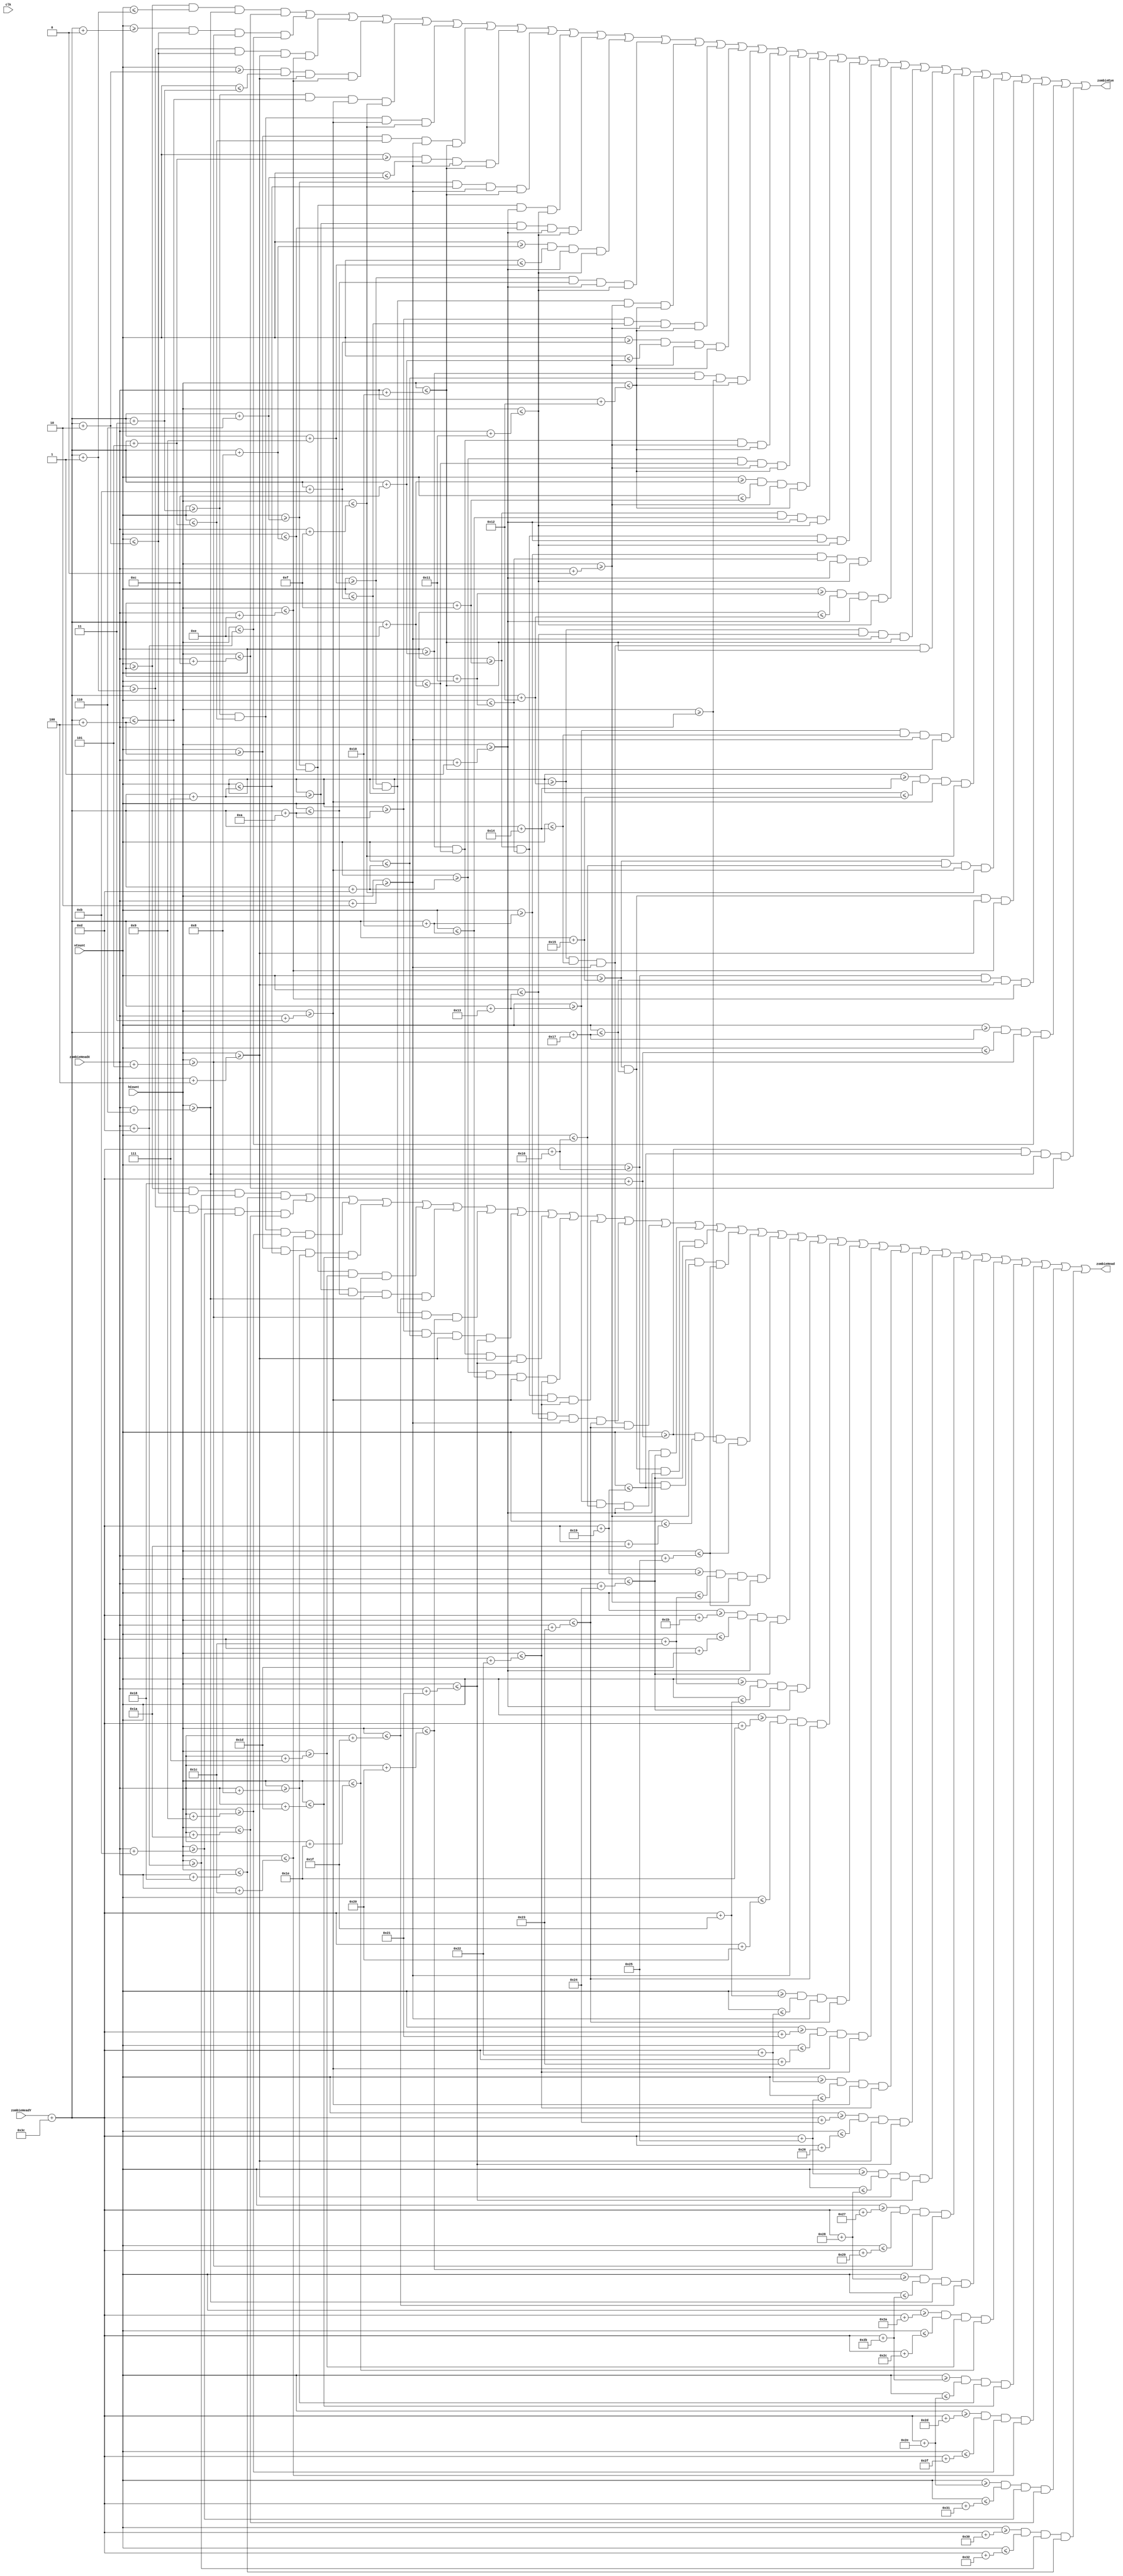
module zombie_face(
    input clk,
    input[9:0] zombieHeadX,
    input [9:0] zombieHeadY,
    input [9:0] hCount,
    input [9:0] vCount,
    output zombieHead,
    output zombieEye
);

parameter ZOMBIE_HEAD_SCALE = 10'd2;
parameter ZOMBIE_EYE_SCALE = 10'd4;

assign zombieHead = (((vCount >= (zombieHeadY + 10'd60)) && (vCount <= (zombieHeadY + 10'd60 + (10'd5 / ZOMBIE_HEAD_SCALE))) && (hCount >= (zombieHeadX + (10'd27 / ZOMBIE_HEAD_SCALE))) && (hCount <= (zombieHeadX + (10'd48 / ZOMBIE_HEAD_SCALE))))
                           ||((vCount >= (zombieHeadY + 10'd60 + (10'd3 / ZOMBIE_HEAD_SCALE))) && (vCount <= (zombieHeadY + 10'd60 + (10'd8 / ZOMBIE_HEAD_SCALE))) && (hCount >= (zombieHeadX + (10'd23 / ZOMBIE_HEAD_SCALE))) && (hCount <= (zombieHeadX + (10'd52 / ZOMBIE_HEAD_SCALE))))
                           
                           ||((vCount >= (zombieHeadY + 10'd60 + (10'd6 / ZOMBIE_HEAD_SCALE))) && (vCount <= (zombieHeadY + 10'd60 + (10'd11 / ZOMBIE_HEAD_SCALE))) && (hCount >= (zombieHeadX + (10'd19 / ZOMBIE_HEAD_SCALE))) && (hCount <= (zombieHeadX + (10'd56 / ZOMBIE_HEAD_SCALE))))
                           ||((vCount >= (zombieHeadY + 10'd60 + (10'd9 / ZOMBIE_HEAD_SCALE))) && (vCount <= (zombieHeadY + 10'd60 + (10'd14 / ZOMBIE_HEAD_SCALE))) && (hCount >= (zombieHeadX + (10'd17 / ZOMBIE_HEAD_SCALE))) && (hCount <= (zombieHeadX + (10'd58 / ZOMBIE_HEAD_SCALE))))
                           ||((vCount >= (zombieHeadY + 10'd60 + (10'd12 / ZOMBIE_HEAD_SCALE))) && (vCount <= (zombieHeadY + 10'd60 + (10'd17 / ZOMBIE_HEAD_SCALE))) && (hCount >= (zombieHeadX + (10'd15 / ZOMBIE_HEAD_SCALE))) && (hCount <= (zombieHeadX + (10'd60 / ZOMBIE_HEAD_SCALE))))
                           ||((vCount >= (zombieHeadY + 10'd60 + (10'd15 / ZOMBIE_HEAD_SCALE))) && (vCount <= (zombieHeadY + 10'd60 + (10'd20 / ZOMBIE_HEAD_SCALE))) && (hCount >= (zombieHeadX + (10'd13 / ZOMBIE_HEAD_SCALE))) && (hCount <= (zombieHeadX + (10'd62 / ZOMBIE_HEAD_SCALE))))
                           ||((vCount >= (zombieHeadY + 10'd60 + (10'd18 / ZOMBIE_HEAD_SCALE))) && (vCount <= (zombieHeadY + 10'd60 + (10'd23 / ZOMBIE_HEAD_SCALE))) && (hCount >= (zombieHeadX + (10'd11 / ZOMBIE_HEAD_SCALE))) && (hCount <= (zombieHeadX + (10'd64 / ZOMBIE_HEAD_SCALE))))
                           ||((vCount >= (zombieHeadY + 10'd60 + (10'd21 / ZOMBIE_HEAD_SCALE))) && (vCount <= (zombieHeadY + 10'd60 + (10'd26 / ZOMBIE_HEAD_SCALE))) && (hCount >= (zombieHeadX + (10'd9 / ZOMBIE_HEAD_SCALE))) && (hCount <= (zombieHeadX + (10'd66 / ZOMBIE_HEAD_SCALE))))
        
                           ||((vCount >= (zombieHeadY + 10'd60 + (10'd24 / ZOMBIE_HEAD_SCALE))) && (vCount <= (zombieHeadY + 10'd60 + (10'd29 / ZOMBIE_HEAD_SCALE))) && (hCount >= (zombieHeadX + (10'd8 / ZOMBIE_HEAD_SCALE))) && (hCount <= (zombieHeadX + (10'd67 / ZOMBIE_HEAD_SCALE))))
                           ||((vCount >= (zombieHeadY + 10'd60 + (10'd27 / ZOMBIE_HEAD_SCALE))) && (vCount <= (zombieHeadY + 10'd60 + (10'd32 / ZOMBIE_HEAD_SCALE))) && (hCount >= (zombieHeadX + (10'd7 / ZOMBIE_HEAD_SCALE))) && (hCount <= (zombieHeadX + (10'd68 / ZOMBIE_HEAD_SCALE))))
                           ||((vCount >= (zombieHeadY + 10'd60 + (10'd30 / ZOMBIE_HEAD_SCALE))) && (vCount <= (zombieHeadY + 10'd60 + (10'd35 / ZOMBIE_HEAD_SCALE))) && (hCount >= (zombieHeadX + (10'd6 / ZOMBIE_HEAD_SCALE))) && (hCount <= (zombieHeadX + (10'd69 / ZOMBIE_HEAD_SCALE))))
                           ||((vCount >= (zombieHeadY + 10'd60 + (10'd33 / ZOMBIE_HEAD_SCALE))) && (vCount <= (zombieHeadY + 10'd60 + (10'd38 / ZOMBIE_HEAD_SCALE))) && (hCount >= (zombieHeadX + (10'd5 / ZOMBIE_HEAD_SCALE))) && (hCount <= (zombieHeadX + (10'd70 / ZOMBIE_HEAD_SCALE))))
                           ||((vCount >= (zombieHeadY + 10'd60 + (10'd36 / ZOMBIE_HEAD_SCALE))) && (vCount <= (zombieHeadY + 10'd60 + (10'd41 / ZOMBIE_HEAD_SCALE))) && (hCount >= (zombieHeadX + (10'd4 / ZOMBIE_HEAD_SCALE))) && (hCount <= (zombieHeadX + (10'd71 / ZOMBIE_HEAD_SCALE))))
                           ||((vCount >= (zombieHeadY + 10'd60 + (10'd39 / ZOMBIE_HEAD_SCALE))) && (vCount <= (zombieHeadY + 10'd60 + (10'd44 / ZOMBIE_HEAD_SCALE))) && (hCount >= (zombieHeadX + (10'd3 / ZOMBIE_HEAD_SCALE))) && (hCount <= (zombieHeadX + (10'd72 / ZOMBIE_HEAD_SCALE))))
                           ||((vCount >= (zombieHeadY + 10'd60 + (10'd42 / ZOMBIE_HEAD_SCALE))) && (vCount <= (zombieHeadY + 10'd60 + (10'd47 / ZOMBIE_HEAD_SCALE))) && (hCount >= (zombieHeadX + (10'd2 / ZOMBIE_HEAD_SCALE))) && (hCount <= (zombieHeadX + (10'd73 / ZOMBIE_HEAD_SCALE))))
                           ||((vCount >= (zombieHeadY + 10'd60 + (10'd45 / ZOMBIE_HEAD_SCALE))) && (vCount <= (zombieHeadY + 10'd60 + (10'd50 / ZOMBIE_HEAD_SCALE))) && (hCount >= (zombieHeadX + (10'd1 / ZOMBIE_HEAD_SCALE))) && (hCount <= (zombieHeadX + (10'd74 / ZOMBIE_HEAD_SCALE))))
                           ||((vCount >= (zombieHeadY + 10'd60 + (10'd48 / ZOMBIE_HEAD_SCALE))) && (vCount <= (zombieHeadY + 10'd60 + (10'd53 / ZOMBIE_HEAD_SCALE))) && (hCount >= (zombieHeadX)) && (hCount <= (zombieHeadX + (10'd75 / ZOMBIE_HEAD_SCALE))))
                           
                                     
                           ||((vCount >= (zombieHeadY + 10'd60 + (10'd51 / ZOMBIE_HEAD_SCALE))) && (vCount <= (zombieHeadY + 10'd60 + (10'd56 / ZOMBIE_HEAD_SCALE))) && (hCount >= (zombieHeadX + (10'd1 / ZOMBIE_HEAD_SCALE))) && (hCount <= (zombieHeadX + (10'd74 / ZOMBIE_HEAD_SCALE))))
                           ||((vCount >= (zombieHeadY + 10'd60 + (10'd54 / ZOMBIE_HEAD_SCALE))) && (vCount <= (zombieHeadY + 10'd60 + (10'd59 / ZOMBIE_HEAD_SCALE))) && (hCount >= (zombieHeadX + (10'd2 / ZOMBIE_HEAD_SCALE))) && (hCount <= (zombieHeadX + (10'd73 / ZOMBIE_HEAD_SCALE))))
                           ||((vCount >= (zombieHeadY + 10'd60 + (10'd57 / ZOMBIE_HEAD_SCALE))) && (vCount <= (zombieHeadY + 10'd60 + (10'd62 / ZOMBIE_HEAD_SCALE))) && (hCount >= (zombieHeadX + (10'd3 / ZOMBIE_HEAD_SCALE))) && (hCount <= (zombieHeadX + (10'd72 / ZOMBIE_HEAD_SCALE))))
                           ||((vCount >= (zombieHeadY + 10'd60 + (10'd60 / ZOMBIE_HEAD_SCALE))) && (vCount <= (zombieHeadY + 10'd60 + (10'd65 / ZOMBIE_HEAD_SCALE))) && (hCount >= (zombieHeadX + (10'd4 / ZOMBIE_HEAD_SCALE))) && (hCount <= (zombieHeadX + (10'd71 / ZOMBIE_HEAD_SCALE))))
                           ||((vCount >= (zombieHeadY + 10'd60 + (10'd63 / ZOMBIE_HEAD_SCALE))) && (vCount <= (zombieHeadY + 10'd60 + (10'd68 / ZOMBIE_HEAD_SCALE))) && (hCount >= (zombieHeadX + (10'd5 / ZOMBIE_HEAD_SCALE))) && (hCount <= (zombieHeadX + (10'd70 / ZOMBIE_HEAD_SCALE))))
                           ||((vCount >= (zombieHeadY + 10'd60 + (10'd66 / ZOMBIE_HEAD_SCALE))) && (vCount <= (zombieHeadY + 10'd60 + (10'd71 / ZOMBIE_HEAD_SCALE))) && (hCount >= (zombieHeadX + (10'd6 / ZOMBIE_HEAD_SCALE))) && (hCount <= (zombieHeadX + (10'd69 / ZOMBIE_HEAD_SCALE))))
                           ||((vCount >= (zombieHeadY + 10'd60 + (10'd69 / ZOMBIE_HEAD_SCALE))) && (vCount <= (zombieHeadY + 10'd60 + (10'd74 / ZOMBIE_HEAD_SCALE))) && (hCount >= (zombieHeadX + (10'd7 / ZOMBIE_HEAD_SCALE))) && (hCount <= (zombieHeadX + (10'd68 / ZOMBIE_HEAD_SCALE))))
                           ||((vCount >= (zombieHeadY + 10'd60 + (10'd72 / ZOMBIE_HEAD_SCALE))) && (vCount <= (zombieHeadY + 10'd60 + (10'd77 / ZOMBIE_HEAD_SCALE))) && (hCount >= (zombieHeadX + (10'd8 / ZOMBIE_HEAD_SCALE))) && (hCount <= (zombieHeadX + (10'd67 / ZOMBIE_HEAD_SCALE))))
                           
                           ||((vCount >= (zombieHeadY + 10'd60 + (10'd75 / ZOMBIE_HEAD_SCALE))) && (vCount <= (zombieHeadY + 10'd60 + (10'd80 / ZOMBIE_HEAD_SCALE))) && (hCount >= (zombieHeadX + (10'd9 / ZOMBIE_HEAD_SCALE))) && (hCount <= (zombieHeadX + (10'd66 / ZOMBIE_HEAD_SCALE))))
                           ||((vCount >= (zombieHeadY + 10'd60 + (10'd78 / ZOMBIE_HEAD_SCALE))) && (vCount <= (zombieHeadY + 10'd60 + (10'd83 / ZOMBIE_HEAD_SCALE))) && (hCount >= (zombieHeadX + (10'd11 / ZOMBIE_HEAD_SCALE))) && (hCount <= (zombieHeadX + (10'd64 / ZOMBIE_HEAD_SCALE))))
                           ||((vCount >= (zombieHeadY + 10'd60 + (10'd81 / ZOMBIE_HEAD_SCALE))) && (vCount <= (zombieHeadY + 10'd60 + (10'd86 / ZOMBIE_HEAD_SCALE))) && (hCount >= (zombieHeadX + (10'd13 / ZOMBIE_HEAD_SCALE))) && (hCount <= (zombieHeadX + (10'd62 / ZOMBIE_HEAD_SCALE))))
                           ||((vCount >= (zombieHeadY + 10'd60 + (10'd84 / ZOMBIE_HEAD_SCALE))) && (vCount <= (zombieHeadY + 10'd60 + (10'd89 / ZOMBIE_HEAD_SCALE))) && (hCount >= (zombieHeadX + (10'd15 / ZOMBIE_HEAD_SCALE))) && (hCount <= (zombieHeadX + (10'd60 / ZOMBIE_HEAD_SCALE))))
                           ||((vCount >= (zombieHeadY + 10'd60 + (10'd87 / ZOMBIE_HEAD_SCALE))) && (vCount <= (zombieHeadY + 10'd60 + (10'd92 / ZOMBIE_HEAD_SCALE))) && (hCount >= (zombieHeadX + (10'd17 / ZOMBIE_HEAD_SCALE))) && (hCount <= (zombieHeadX + (10'd58 / ZOMBIE_HEAD_SCALE))))
                           ||((vCount >= (zombieHeadY + 10'd60 + (10'd90 / ZOMBIE_HEAD_SCALE))) && (vCount <= (zombieHeadY + 10'd60 + (10'd95 / ZOMBIE_HEAD_SCALE))) && (hCount >= (zombieHeadX + (10'd19 / ZOMBIE_HEAD_SCALE))) && (hCount <= (zombieHeadX + (10'd56 / ZOMBIE_HEAD_SCALE))))
                           
                           ||((vCount >= (zombieHeadY + 10'd60 + (10'd93 / ZOMBIE_HEAD_SCALE))) && (vCount <= (zombieHeadY + 10'd60 + (10'd98 / ZOMBIE_HEAD_SCALE))) && (hCount >= (zombieHeadX + (10'd23 / ZOMBIE_HEAD_SCALE))) && (hCount <= (zombieHeadX + (10'd52 / ZOMBIE_HEAD_SCALE))))
                           ||((vCount >= (zombieHeadY + 10'd60 + (10'd96 / ZOMBIE_HEAD_SCALE))) && (vCount <= (zombieHeadY + 10'd60 + (10'd101 / ZOMBIE_HEAD_SCALE))) && (hCount >= (zombieHeadX + (10'd27 / ZOMBIE_HEAD_SCALE))) && (hCount <= (zombieHeadX + (10'd48 / ZOMBIE_HEAD_SCALE))))
);

assign zombieEye = (((vCount >= (zombieHeadY + 10'd60)) && (vCount <= (zombieHeadY + 10'd60 + (10'd5 / ZOMBIE_EYE_SCALE))) && (hCount >= (zombieHeadX + (10'd27 / ZOMBIE_EYE_SCALE))) && (hCount <= (zombieHeadX + (10'd48 / ZOMBIE_EYE_SCALE))))
                           ||((vCount >= (zombieHeadY + 10'd60 + (10'd3 / ZOMBIE_EYE_SCALE))) && (vCount <= (zombieHeadY + 10'd60 + (10'd8 / ZOMBIE_EYE_SCALE))) && (hCount >= (zombieHeadX + (10'd23 / ZOMBIE_EYE_SCALE))) && (hCount <= (zombieHeadX + (10'd52 / ZOMBIE_EYE_SCALE))))
                           
                           ||((vCount >= (zombieHeadY + 10'd60 + (10'd6 / ZOMBIE_EYE_SCALE))) && (vCount <= (zombieHeadY + 10'd60 + (10'd11 / ZOMBIE_EYE_SCALE))) && (hCount >= (zombieHeadX + (10'd19 / ZOMBIE_EYE_SCALE))) && (hCount <= (zombieHeadX + (10'd56 / ZOMBIE_EYE_SCALE))))
                           ||((vCount >= (zombieHeadY + 10'd60 + (10'd9 / ZOMBIE_EYE_SCALE))) && (vCount <= (zombieHeadY + 10'd60 + (10'd14 / ZOMBIE_EYE_SCALE))) && (hCount >= (zombieHeadX + (10'd17 / ZOMBIE_EYE_SCALE))) && (hCount <= (zombieHeadX + (10'd58 / ZOMBIE_EYE_SCALE))))
                           ||((vCount >= (zombieHeadY + 10'd60 + (10'd12 / ZOMBIE_EYE_SCALE))) && (vCount <= (zombieHeadY + 10'd60 + (10'd17 / ZOMBIE_EYE_SCALE))) && (hCount >= (zombieHeadX + (10'd15 / ZOMBIE_EYE_SCALE))) && (hCount <= (zombieHeadX + (10'd60 / ZOMBIE_EYE_SCALE))))
                           ||((vCount >= (zombieHeadY + 10'd60 + (10'd15 / ZOMBIE_EYE_SCALE))) && (vCount <= (zombieHeadY + 10'd60 + (10'd20 / ZOMBIE_EYE_SCALE))) && (hCount >= (zombieHeadX + (10'd13 / ZOMBIE_EYE_SCALE))) && (hCount <= (zombieHeadX + (10'd62 / ZOMBIE_EYE_SCALE))))
                           ||((vCount >= (zombieHeadY + 10'd60 + (10'd18 / ZOMBIE_EYE_SCALE))) && (vCount <= (zombieHeadY + 10'd60 + (10'd23 / ZOMBIE_EYE_SCALE))) && (hCount >= (zombieHeadX + (10'd11 / ZOMBIE_EYE_SCALE))) && (hCount <= (zombieHeadX + (10'd64 / ZOMBIE_EYE_SCALE))))
                           ||((vCount >= (zombieHeadY + 10'd60 + (10'd21 / ZOMBIE_EYE_SCALE))) && (vCount <= (zombieHeadY + 10'd60 + (10'd26 / ZOMBIE_EYE_SCALE))) && (hCount >= (zombieHeadX + (10'd9 / ZOMBIE_EYE_SCALE))) && (hCount <= (zombieHeadX + (10'd66 / ZOMBIE_EYE_SCALE))))
        
                           ||((vCount >= (zombieHeadY + 10'd60 + (10'd24 / ZOMBIE_EYE_SCALE))) && (vCount <= (zombieHeadY + 10'd60 + (10'd29 / ZOMBIE_EYE_SCALE))) && (hCount >= (zombieHeadX + (10'd8 / ZOMBIE_EYE_SCALE))) && (hCount <= (zombieHeadX + (10'd67 / ZOMBIE_EYE_SCALE))))
                           ||((vCount >= (zombieHeadY + 10'd60 + (10'd27 / ZOMBIE_EYE_SCALE))) && (vCount <= (zombieHeadY + 10'd60 + (10'd32 / ZOMBIE_EYE_SCALE))) && (hCount >= (zombieHeadX + (10'd7 / ZOMBIE_EYE_SCALE))) && (hCount <= (zombieHeadX + (10'd68 / ZOMBIE_EYE_SCALE))))
                           ||((vCount >= (zombieHeadY + 10'd60 + (10'd30 / ZOMBIE_EYE_SCALE))) && (vCount <= (zombieHeadY + 10'd60 + (10'd35 / ZOMBIE_EYE_SCALE))) && (hCount >= (zombieHeadX + (10'd6 / ZOMBIE_EYE_SCALE))) && (hCount <= (zombieHeadX + (10'd69 / ZOMBIE_EYE_SCALE))))
                           ||((vCount >= (zombieHeadY + 10'd60 + (10'd33 / ZOMBIE_EYE_SCALE))) && (vCount <= (zombieHeadY + 10'd60 + (10'd38 / ZOMBIE_EYE_SCALE))) && (hCount >= (zombieHeadX + (10'd5 / ZOMBIE_EYE_SCALE))) && (hCount <= (zombieHeadX + (10'd70 / ZOMBIE_EYE_SCALE))))
                           ||((vCount >= (zombieHeadY + 10'd60 + (10'd36 / ZOMBIE_EYE_SCALE))) && (vCount <= (zombieHeadY + 10'd60 + (10'd41 / ZOMBIE_EYE_SCALE))) && (hCount >= (zombieHeadX + (10'd4 / ZOMBIE_EYE_SCALE))) && (hCount <= (zombieHeadX + (10'd71 / ZOMBIE_EYE_SCALE))))
                           ||((vCount >= (zombieHeadY + 10'd60 + (10'd39 / ZOMBIE_EYE_SCALE))) && (vCount <= (zombieHeadY + 10'd60 + (10'd44 / ZOMBIE_EYE_SCALE))) && (hCount >= (zombieHeadX + (10'd3 / ZOMBIE_EYE_SCALE))) && (hCount <= (zombieHeadX + (10'd72 / ZOMBIE_EYE_SCALE))))
                           ||((vCount >= (zombieHeadY + 10'd60 + (10'd42 / ZOMBIE_EYE_SCALE))) && (vCount <= (zombieHeadY + 10'd60 + (10'd47 / ZOMBIE_EYE_SCALE))) && (hCount >= (zombieHeadX + (10'd2 / ZOMBIE_EYE_SCALE))) && (hCount <= (zombieHeadX + (10'd73 / ZOMBIE_EYE_SCALE))))
                           ||((vCount >= (zombieHeadY + 10'd60 + (10'd45 / ZOMBIE_EYE_SCALE))) && (vCount <= (zombieHeadY + 10'd60 + (10'd50 / ZOMBIE_EYE_SCALE))) && (hCount >= (zombieHeadX + (10'd1 / ZOMBIE_EYE_SCALE))) && (hCount <= (zombieHeadX + (10'd74 / ZOMBIE_EYE_SCALE))))
                           ||((vCount >= (zombieHeadY + 10'd60 + (10'd48 / ZOMBIE_EYE_SCALE))) && (vCount <= (zombieHeadY + 10'd60 + (10'd53 / ZOMBIE_EYE_SCALE))) && (hCount >= (zombieHeadX)) && (hCount <= (zombieHeadX + (10'd75 / ZOMBIE_EYE_SCALE))))
                           
                                     
                           ||((vCount >= (zombieHeadY + 10'd60 + (10'd51 / ZOMBIE_EYE_SCALE))) && (vCount <= (zombieHeadY + 10'd60 + (10'd56 / ZOMBIE_EYE_SCALE))) && (hCount >= (zombieHeadX + (10'd1 / ZOMBIE_EYE_SCALE))) && (hCount <= (zombieHeadX + (10'd74 / ZOMBIE_EYE_SCALE))))
                           ||((vCount >= (zombieHeadY + 10'd60 + (10'd54 / ZOMBIE_EYE_SCALE))) && (vCount <= (zombieHeadY + 10'd60 + (10'd59 / ZOMBIE_EYE_SCALE))) && (hCount >= (zombieHeadX + (10'd2 / ZOMBIE_EYE_SCALE))) && (hCount <= (zombieHeadX + (10'd73 / ZOMBIE_EYE_SCALE))))
                           ||((vCount >= (zombieHeadY + 10'd60 + (10'd57 / ZOMBIE_EYE_SCALE))) && (vCount <= (zombieHeadY + 10'd60 + (10'd62 / ZOMBIE_EYE_SCALE))) && (hCount >= (zombieHeadX + (10'd3 / ZOMBIE_EYE_SCALE))) && (hCount <= (zombieHeadX + (10'd72 / ZOMBIE_EYE_SCALE))))
                           ||((vCount >= (zombieHeadY + 10'd60 + (10'd60 / ZOMBIE_EYE_SCALE))) && (vCount <= (zombieHeadY + 10'd60 + (10'd65 / ZOMBIE_EYE_SCALE))) && (hCount >= (zombieHeadX + (10'd4 / ZOMBIE_EYE_SCALE))) && (hCount <= (zombieHeadX + (10'd71 / ZOMBIE_EYE_SCALE))))
                           ||((vCount >= (zombieHeadY + 10'd60 + (10'd63 / ZOMBIE_EYE_SCALE))) && (vCount <= (zombieHeadY + 10'd60 + (10'd68 / ZOMBIE_EYE_SCALE))) && (hCount >= (zombieHeadX + (10'd5 / ZOMBIE_EYE_SCALE))) && (hCount <= (zombieHeadX + (10'd70 / ZOMBIE_EYE_SCALE))))
                           ||((vCount >= (zombieHeadY + 10'd60 + (10'd66 / ZOMBIE_EYE_SCALE))) && (vCount <= (zombieHeadY + 10'd60 + (10'd71 / ZOMBIE_EYE_SCALE))) && (hCount >= (zombieHeadX + (10'd6 / ZOMBIE_EYE_SCALE))) && (hCount <= (zombieHeadX + (10'd69 / ZOMBIE_EYE_SCALE))))
                           ||((vCount >= (zombieHeadY + 10'd60 + (10'd69 / ZOMBIE_EYE_SCALE))) && (vCount <= (zombieHeadY + 10'd60 + (10'd74 / ZOMBIE_EYE_SCALE))) && (hCount >= (zombieHeadX + (10'd7 / ZOMBIE_EYE_SCALE))) && (hCount <= (zombieHeadX + (10'd68 / ZOMBIE_EYE_SCALE))))
                           ||((vCount >= (zombieHeadY + 10'd60 + (10'd72 / ZOMBIE_EYE_SCALE))) && (vCount <= (zombieHeadY + 10'd60 + (10'd77 / ZOMBIE_EYE_SCALE))) && (hCount >= (zombieHeadX + (10'd8 / ZOMBIE_EYE_SCALE))) && (hCount <= (zombieHeadX + (10'd67 / ZOMBIE_EYE_SCALE))))
                           
                           ||((vCount >= (zombieHeadY + 10'd60 + (10'd75 / ZOMBIE_EYE_SCALE))) && (vCount <= (zombieHeadY + 10'd60 + (10'd80 / ZOMBIE_EYE_SCALE))) && (hCount >= (zombieHeadX + (10'd9 / ZOMBIE_EYE_SCALE))) && (hCount <= (zombieHeadX + (10'd66 / ZOMBIE_EYE_SCALE))))
                           ||((vCount >= (zombieHeadY + 10'd60 + (10'd78 / ZOMBIE_EYE_SCALE))) && (vCount <= (zombieHeadY + 10'd60 + (10'd83 / ZOMBIE_EYE_SCALE))) && (hCount >= (zombieHeadX + (10'd11 / ZOMBIE_EYE_SCALE))) && (hCount <= (zombieHeadX + (10'd64 / ZOMBIE_EYE_SCALE))))
                           ||((vCount >= (zombieHeadY + 10'd60 + (10'd81 / ZOMBIE_EYE_SCALE))) && (vCount <= (zombieHeadY + 10'd60 + (10'd86 / ZOMBIE_EYE_SCALE))) && (hCount >= (zombieHeadX + (10'd13 / ZOMBIE_EYE_SCALE))) && (hCount <= (zombieHeadX + (10'd62 / ZOMBIE_EYE_SCALE))))
                           ||((vCount >= (zombieHeadY + 10'd60 + (10'd84 / ZOMBIE_EYE_SCALE))) && (vCount <= (zombieHeadY + 10'd60 + (10'd89 / ZOMBIE_EYE_SCALE))) && (hCount >= (zombieHeadX + (10'd15 / ZOMBIE_EYE_SCALE))) && (hCount <= (zombieHeadX + (10'd60 / ZOMBIE_EYE_SCALE))))
                           ||((vCount >= (zombieHeadY + 10'd60 + (10'd87 / ZOMBIE_EYE_SCALE))) && (vCount <= (zombieHeadY + 10'd60 + (10'd92 / ZOMBIE_EYE_SCALE))) && (hCount >= (zombieHeadX + (10'd17 / ZOMBIE_EYE_SCALE))) && (hCount <= (zombieHeadX + (10'd58 / ZOMBIE_EYE_SCALE))))
                           ||((vCount >= (zombieHeadY + 10'd60 + (10'd90 / ZOMBIE_EYE_SCALE))) && (vCount <= (zombieHeadY + 10'd60 + (10'd95 / ZOMBIE_EYE_SCALE))) && (hCount >= (zombieHeadX + (10'd19 / ZOMBIE_EYE_SCALE))) && (hCount <= (zombieHeadX + (10'd56 / ZOMBIE_EYE_SCALE))))
                           
                           ||((vCount >= (zombieHeadY + 10'd60 + (10'd93 / ZOMBIE_EYE_SCALE))) && (vCount <= (zombieHeadY + 10'd60 + (10'd98 / ZOMBIE_EYE_SCALE))) && (hCount >= (zombieHeadX + (10'd23 / ZOMBIE_EYE_SCALE))) && (hCount <= (zombieHeadX + (10'd52 / ZOMBIE_EYE_SCALE))))
                           ||((vCount >= (zombieHeadY + 10'd60 + (10'd96 / ZOMBIE_EYE_SCALE))) && (vCount <= (zombieHeadY + 10'd60 + (10'd101 / ZOMBIE_EYE_SCALE))) && (hCount >= (zombieHeadX + (10'd27 / ZOMBIE_EYE_SCALE))) && (hCount <= (zombieHeadX + (10'd48 / ZOMBIE_EYE_SCALE))))
);
endmodule